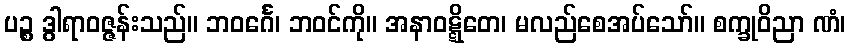
ပဉ္စ ဒွါရာဝဇ္ဇန်းသည်။ ဘဝင်္ဂေ၊ ဘဝင်ကို။ အနာဝဋ္ဋိတေ၊ မလည်စေအပ်သော်။ စက္ခုဝိညာ ဏံ၊